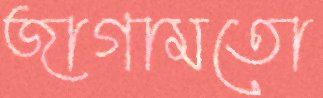
জাগামতো